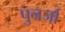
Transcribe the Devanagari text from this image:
पुनर्जा